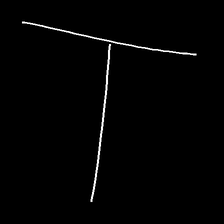
Glyph: column